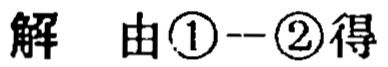
解 由\textcircled{1}--\textcircled{2}得